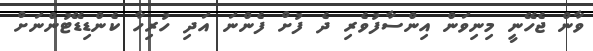
ވާން ޖެހޭނީ މިނިވަން އިންސާފުވެރި ދެ ފުށް ފެންނަ އަދި ހުރިހާ ކެންޑިޑޭޓުންނަށް